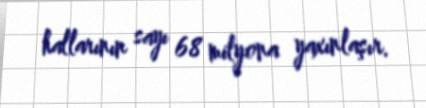
hallarının sayı 68 milyona yaxınlaşır.